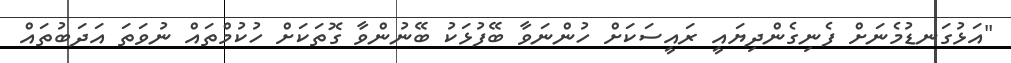
"އަޅުގަނޑުމެނަށް ފެނިގެންދިޔައީ ރައީސަކަށް ހުންނަވާ ބޭފުޅަކު ބޭނުންވާ ގޮތަކަށް ހުކުމްތައް ނުވަތަ އަދަބުތައް